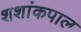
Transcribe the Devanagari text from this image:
शशांकपाल